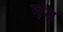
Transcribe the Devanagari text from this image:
मंम